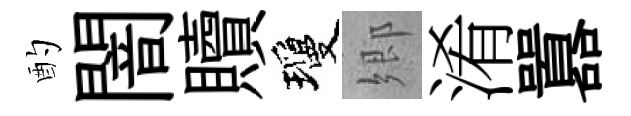
酌闇贖瓊郷淆囂